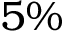
5 \%